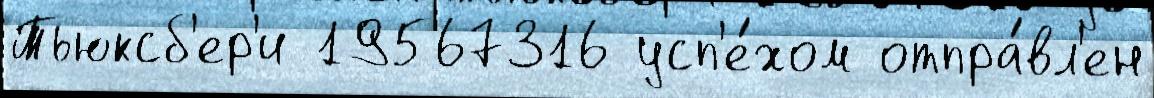
Тьюксб'ер'и 19567316 усп'е́хом отпра́вл'ен